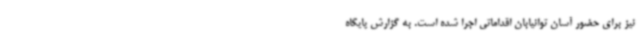
نیز برای حضور آسان توانیابان اقداماتی اجرا شده است. به گزارش پایگاه